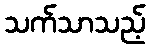
သက်သာသည့်